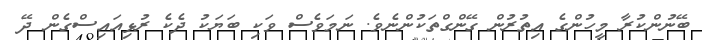
ބޭނުންކުރާ މީހުންގެ އިތުރުން ގޭންގްތަކުންނެވެ. ނަމަވެސް ވަކި ބަޔަކު ދެކެ ރުޅިއައިސްގެން ދޭ